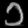
Digit: ၁